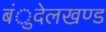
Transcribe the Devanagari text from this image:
बंुदेलखण्ड